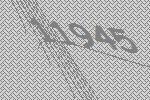
11945